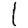
Digit: 1